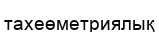
тахеөметриялық